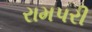
રામપરી